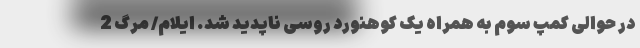
در حوالی کمپ سوم به همراه یک کوهنورد روسی ناپدید شد. ایلام/ مرگ 2